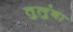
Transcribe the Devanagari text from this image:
तुलुंबा